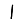
Digit: 1